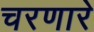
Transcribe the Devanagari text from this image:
चरणारे